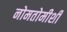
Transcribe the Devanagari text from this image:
नोमतोमीशी